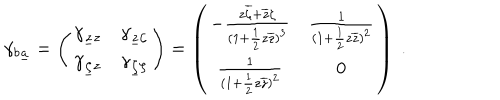
LaTeX: \gamma _ { b \underline { { a } } } = \left( \begin{matrix} { { \gamma _ { \underline { { z } } z } } } & { { \gamma _ { \underline { { z } } \zeta } } } \\ { { \gamma _ { \underline { { \zeta } } z } } } & { { \gamma _ { \underline { { \zeta } } \zeta } } } \\ \end{matrix} \right) = \left( \begin{matrix} { { - { \frac { z \overline { { \zeta } } + \overline { { z } } \zeta } { ( 1 + { \frac { 1 } { 2 } } z \overline { { z } } ) ^ { 3 } } } } } & { { { \frac { 1 } { ( 1 + { \frac { 1 } { 2 } } z \overline { { z } } ) ^ { 2 } } } } } \\ { { { \frac { 1 } { ( 1 + { \frac { 1 } { 2 } } z \overline { { z } } ) ^ { 2 } } } } } & { { 0 } } \\ \end{matrix} \right) \ .